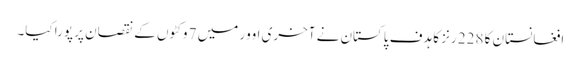
افغانستان کا 228 رنز کا ہدف پاکستان نے آخری اوور میں 7 وکٹوں کے نقصان پر پورا کیا۔